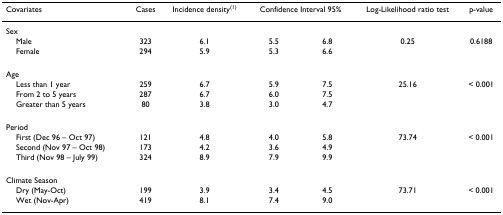
| Covariates | Cases | Incidence density(1) | <COLSPAN=2> Confidence Interval 95% | Log-Likelihood ratio test | p-value |
 | --- | --- | --- | --- | --- | --- | --- |
 | Sex |  |  |  |  |  |  |
 | Male | 323 | 6.1 | 5.5 | 6.8 | 0.25 | 0.6188 |
 | Female | 294 | 5.9 | 5.3 | 6.6 |  |  |
 | Age |  |  |  |  |  |  |
 | Less than 1 year | 259 | 6.7 | 5.9 | 7.5 | 25.16 | < 0.001 |
 | From 2 to 5 years | 287 | 6.7 | 6.0 | 7.5 |  |  |
 | Greater than 5 years | 80 | 3.8 | 3.0 | 4.7 |  |  |
 | Period |  |  |  |  |  |  |
 | First (Dec 96 – Oct 97) | 121 | 4.8 | 4.0 | 5.8 | 73.74 | < 0.001 |
 | Second (Nov 97 – Oct 98) | 173 | 4.2 | 3.6 | 4.9 |  |  |
 | Third (Nov 98 – July 99) | 324 | 8.9 | 7.9 | 9.9 |  |  |
 | Climate Season |  |  |  |  |  |  |
 | Dry (May-Oct) | 199 | 3.9 | 3.4 | 4.5 | 73.71 | < 0.001 |
 | Wet (Nov-Apr) | 419 | 8.1 | 7.4 | 9.0 |  |  |